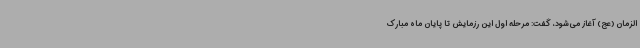
‌الزمان (عج) آغاز می‌شود، گفت: مرحله اول این رزمایش تا پایان ماه مبارک